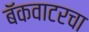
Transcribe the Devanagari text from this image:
बॅकवाटरचा